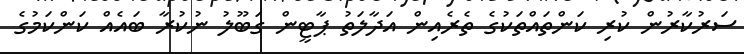
ސަރުކާރުން ކުރި ކަންތައްތަކުގެ ތެރެއިން އަދާލަތު ޕާޓީން ގަބޫލު ނުކުރާ ބައެއް ކަންކަމުގެ